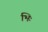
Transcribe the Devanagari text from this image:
भिः